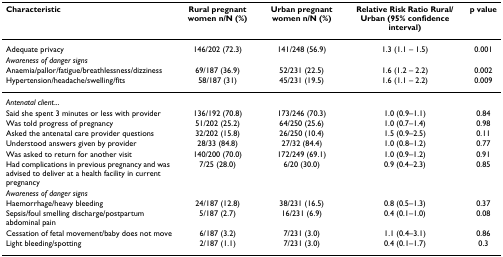
| Characteristic | Rural pregnant women n/N (%) | Urban pregnant women n/N (%) | Relative Risk Ratio Rural/Urban (95% confidence interval) | p value |
 | --- | --- | --- | --- | --- |
 | Adequate privacy | 146/202 (72.3) | 141/248 (56.9) | 1.3 (1.1 – 1.5) | 0.001 |
 | Awareness of danger signs |  |  |  |  |
 | Anaemia/pallor/fatigue/breathlessness/dizziness | 69/187 (36.9) | 52/231 (22.5) | 1.6 (1.2 – 2.2) | 0.002 |
 | Hypertension/headache/swelling/fits | 58/187 (31) | 45/231 (19.5) | 1.6 (1.1 – 2.2) | 0.009 |
 | Antenatal client... |  |  |  |  |
 | Said she spent 3 minutes or less with provider | 136/192 (70.8) | 173/246 (70.3) | 1.0 (0.9–1.1) | 0.84 |
 | Was told progress of pregnancy | 51/202 (25.2) | 64/250 (25.6) | 1.0 (0.7–1.4) | 0.98 |
 | Asked the antenatal care provider questions | 32/202 (15.8) | 26/250 (10.4) | 1.5 (0.9–2.5) | 0.11 |
 | Understood answers given by provider | 28/33 (84.8) | 27/32 (84.4) | 1.0 (0.8–1.2) | 0.77 |
 | Was asked to return for another visit | 140/200 (70.0) | 172/249 (69.1) | 1.0 (0.9–1.2) | 0.91 |
 | Had complications in previous pregnancy and was advised to deliver at a health facility in current pregnancy | 7/25 (28.0) | 6/20 (30.0) | 0.9 (0.4–2.3) | 0.85 |
 | Awareness of danger signs |  |  |  |  |
 | Haemorrhage/heavy bleeding | 24/187 (12.8) | 38/231 (16.5) | 0.8 (0.5–1.3) | 0.37 |
 | Sepsis/foul smelling discharge/postpartum abdominal pain | 5/187 (2.7) | 16/231 (6.9) | 0.4 (0.1–1.0) | 0.08 |
 | Cessation of fetal movement/baby does not move | 6/187 (3.2) | 7/231 (3.0) | 1.1 (0.4–3.1) | 0.86 |
 | Light bleeding/spotting | 2/187 (1.1) | 7/231 (3.0) | 0.4 (0.1–1.7) | 0.3 |